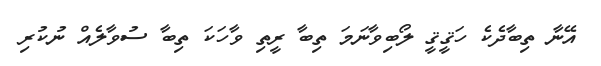
އޭނާ ތިބާދެކެ ހަޤީޤީ ލޯބިވާނަމަ ތިބާ ރީތި ވާހަކަ ތިބާ ސުވާލެއް ނުކުރި